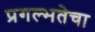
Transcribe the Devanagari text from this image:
प्रगल्‍भतेचा